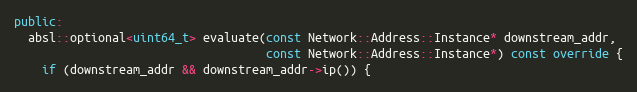
Language: C++
public:
  absl::optional<uint64_t> evaluate(const Network::Address::Instance* downstream_addr,
                                    const Network::Address::Instance*) const override {
    if (downstream_addr && downstream_addr->ip()) {